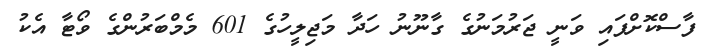
ފާސްކޮށްފައި ވަނީ ޖަރުމަނުގެ ގާނޫނު ހަދާ މަޖިލީހުގެ 601 މެމްބަރުންގެ ވޯޓާ އެކު